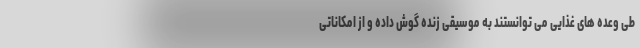
طی وعده های غذایی می توانستند به موسیقی زنده گوش داده و از امکاناتی